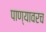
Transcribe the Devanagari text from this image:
पाण्यावरच